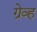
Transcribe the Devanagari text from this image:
ग्रेव्ह